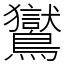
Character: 鸑